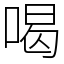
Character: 喝